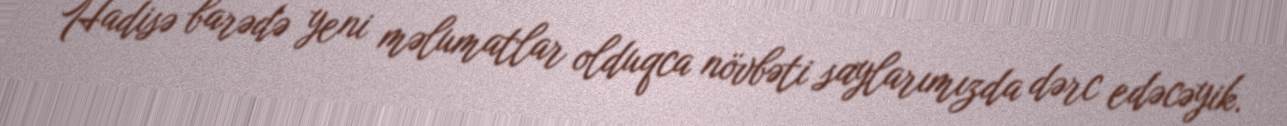
Hadisə barədə yeni məlumatlar olduqca növbəti saylarımızda dərc edəcəyik.